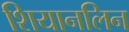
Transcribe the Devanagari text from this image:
शियानलिन